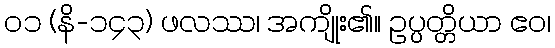
၀၁ (နိ-၁၄၃) ဖလဿ၊ အကျိုး၏။ ဥပ္ပတ္တိယာ ဧဝ၊